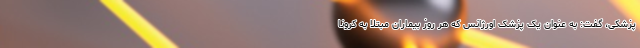
پزشکی، گفت: به عنوان یک پزشک اورژانس که هر روز بیماران مبتلا به کرونا